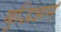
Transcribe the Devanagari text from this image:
बुद्धिझम्